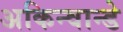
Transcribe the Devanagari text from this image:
अकिन्वान्डे